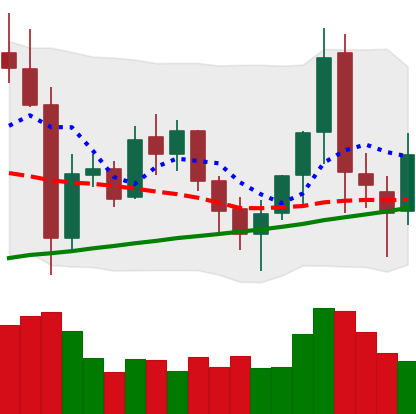
Ticker: XMR-USD
Chart end date: 2021-11-13
Forward return: -16.45%
Label: down_7plus